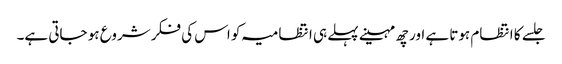
جلسے کا انتظام ہوتا ہے اور چھ مہینے پہلے ہی انتظامیہ کو اس کی فکر شروع ہو جاتی ہے۔